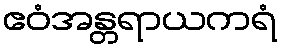
ဧဝံအန္တရာယကရံ